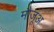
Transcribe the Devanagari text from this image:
मौजूअ